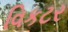
વિકટર